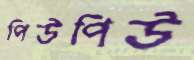
পিউপিউ